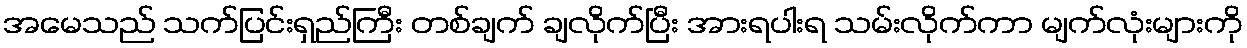
အမေသည် သက်ပြင်းရှည်ကြီး တစ်ချက် ချလိုက်ပြီး အားရပါးရ သမ်းလိုက်ကာ မျက်လုံးများကို